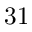
3 1